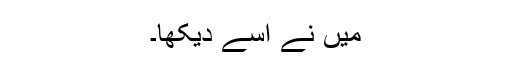
میں نے اسے دیکھا۔